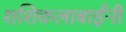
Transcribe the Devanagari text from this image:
शशिकलाबाईंनी